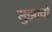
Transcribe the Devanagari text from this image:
सुझावो